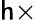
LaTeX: \mathsf{h}\times